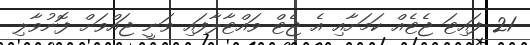
21 ފައިޓަ ޖެޓެއް ކަމަށާއި އެ ޖެޓް ވައްޓާލާފައި ވަނީ ޖައްވަށް ފޮނުވާލި